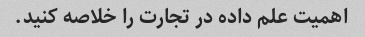
اهمیت علم داده در تجارت را خلاصه کنید.